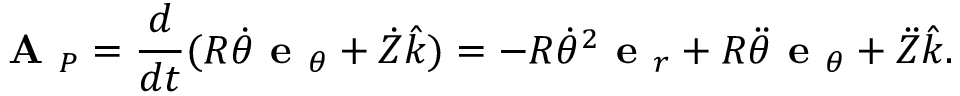
{ \textbf { A } } _ { P } = { \frac { d } { d t } } ( R { \dot { \theta } } { \textbf { e } } _ { \theta } + { \dot { Z } } { \hat { k } } ) = - R { \dot { \theta } } ^ { 2 } { \textbf { e } } _ { r } + R { \ddot { \theta } } { \textbf { e } } _ { \theta } + { \ddot { Z } } { \hat { k } } .